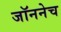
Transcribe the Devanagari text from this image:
जॉननेच